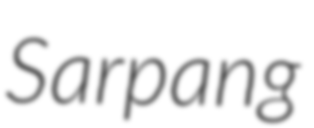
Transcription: Sarpang